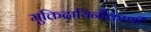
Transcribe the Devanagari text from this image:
मुक्तिदायिनीकाशी